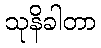
သုနိခါတာ